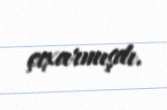
çıxarmışdı.